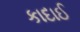
કાદાઈ